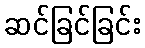
ဆင်ခြင်ခြင်း